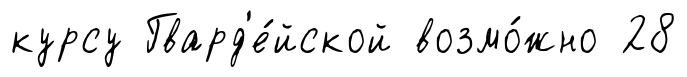
курсу Гвард'е́йской возмо́жно 28